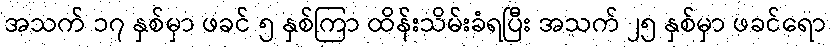
အသက် ၁၇ နှစ်မှာ ဖခင် ၅ နှစ်ကြာ ထိန်းသိမ်းခံရပြီး အသက် ၂၅ နှစ်မှာ ဖခင်ရော